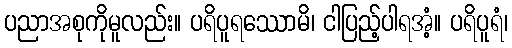
ပညာအစုကိုမူလည်း။ ပရိပူရဿောမိ၊ ငါပြည့်ပါရအံ့။ ပရိပူရံ၊